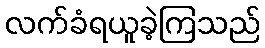
လက်ခံရယူခဲ့ကြသည်